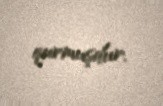
qurmuşdur.